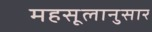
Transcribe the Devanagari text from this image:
महसूलानुसार